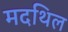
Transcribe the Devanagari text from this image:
मदथिल